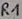
Text: R1